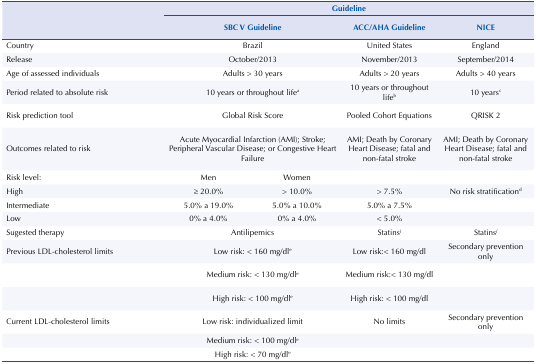
| <ROWSPAN=3>  | <COLSPAN=4> Guideline |
 | <COLSPAN=2> SBC V Guideline | ACC/AHA Guideline | NICE |
 | --- | --- | --- | --- | --- |
 | Country | <COLSPAN=2> Brazil | United States | England |
 | Release | <COLSPAN=2> October/2013 | November/2013 | September/2014 |
 | Age of assessed individuals | <COLSPAN=2> Adults > 30 years | Adults > 20 years | Adults > 40 years |
 | Period related to absolute risk | <COLSPAN=2> 10 years or throughout lifea | 10 years or throughout lifeb | 10 yearsc |
 | Risk prediction tool | <COLSPAN=2> Global Risk Score | Pooled Cohort Equations | QRISK 2 |
 | Outcomes related to risk | <COLSPAN=2> Acute Myocardial Infarction (AMI); Stroke; Peripheral Vascular Disease; or Congestive Heart Failure | AMI; Death by Coronary Heart Disease; fatal and non-fatal stroke | AMI; Death by Coronary Heart Disease; fatal and non-fatal stroke |
 | Risk level: | Men | Women |  |  |
 | High | ≥ 20.0% | > 10.0% | > 7.5% | No risk stratificationd |
 | Intermediate | 5.0% a 19.0% | 5.0% a 10.0% | 5.0% a 7.5% |  |
 | Low | 0% a 4.0% | 0% a 4.0% | < 5.0% |  |
 | Sugested therapy | <COLSPAN=2> Antilipemics | Statinsf | Statinsf |
 | Previous LDL-cholesterol limits | <COLSPAN=2> Low risk: < 160 mg/dle | Low risk:< 160 mg/dl | Secondary prevention only |
 |  | <COLSPAN=2> Medium risk: < 130 mg/dle | Medium risk:< 130 mg/dl |  |
 |  | <COLSPAN=2> High risk: < 100 mg/dle | High risk: < 100 mg/dl |  |
 | Current LDL-cholesterol limits | <COLSPAN=2> Low risk: individualized limit | No limits | Secondary prevention only |
 |  | <COLSPAN=2> Medium risk: < 100 mg/dle |  |  |
 |  | <COLSPAN=2> High risk: < 70 mg/dle |  |  |